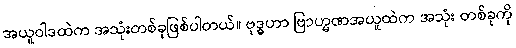
အယူဝါဒထဲက အသုံးတစ်ခုဖြစ်ပါတယ်။ ဗုဒ္ဓဟာ ဗြာဟ္မဏအယူထဲက အသုံး တစ်ခုကို